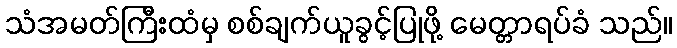
သံအမတ်ကြီးထံမှ စစ်ချက်ယူခွင့်ပြုဖို့ မေတ္တာရပ်ခံ သည်။